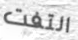
التفت